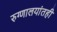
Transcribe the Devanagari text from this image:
रुग्णालयांतही